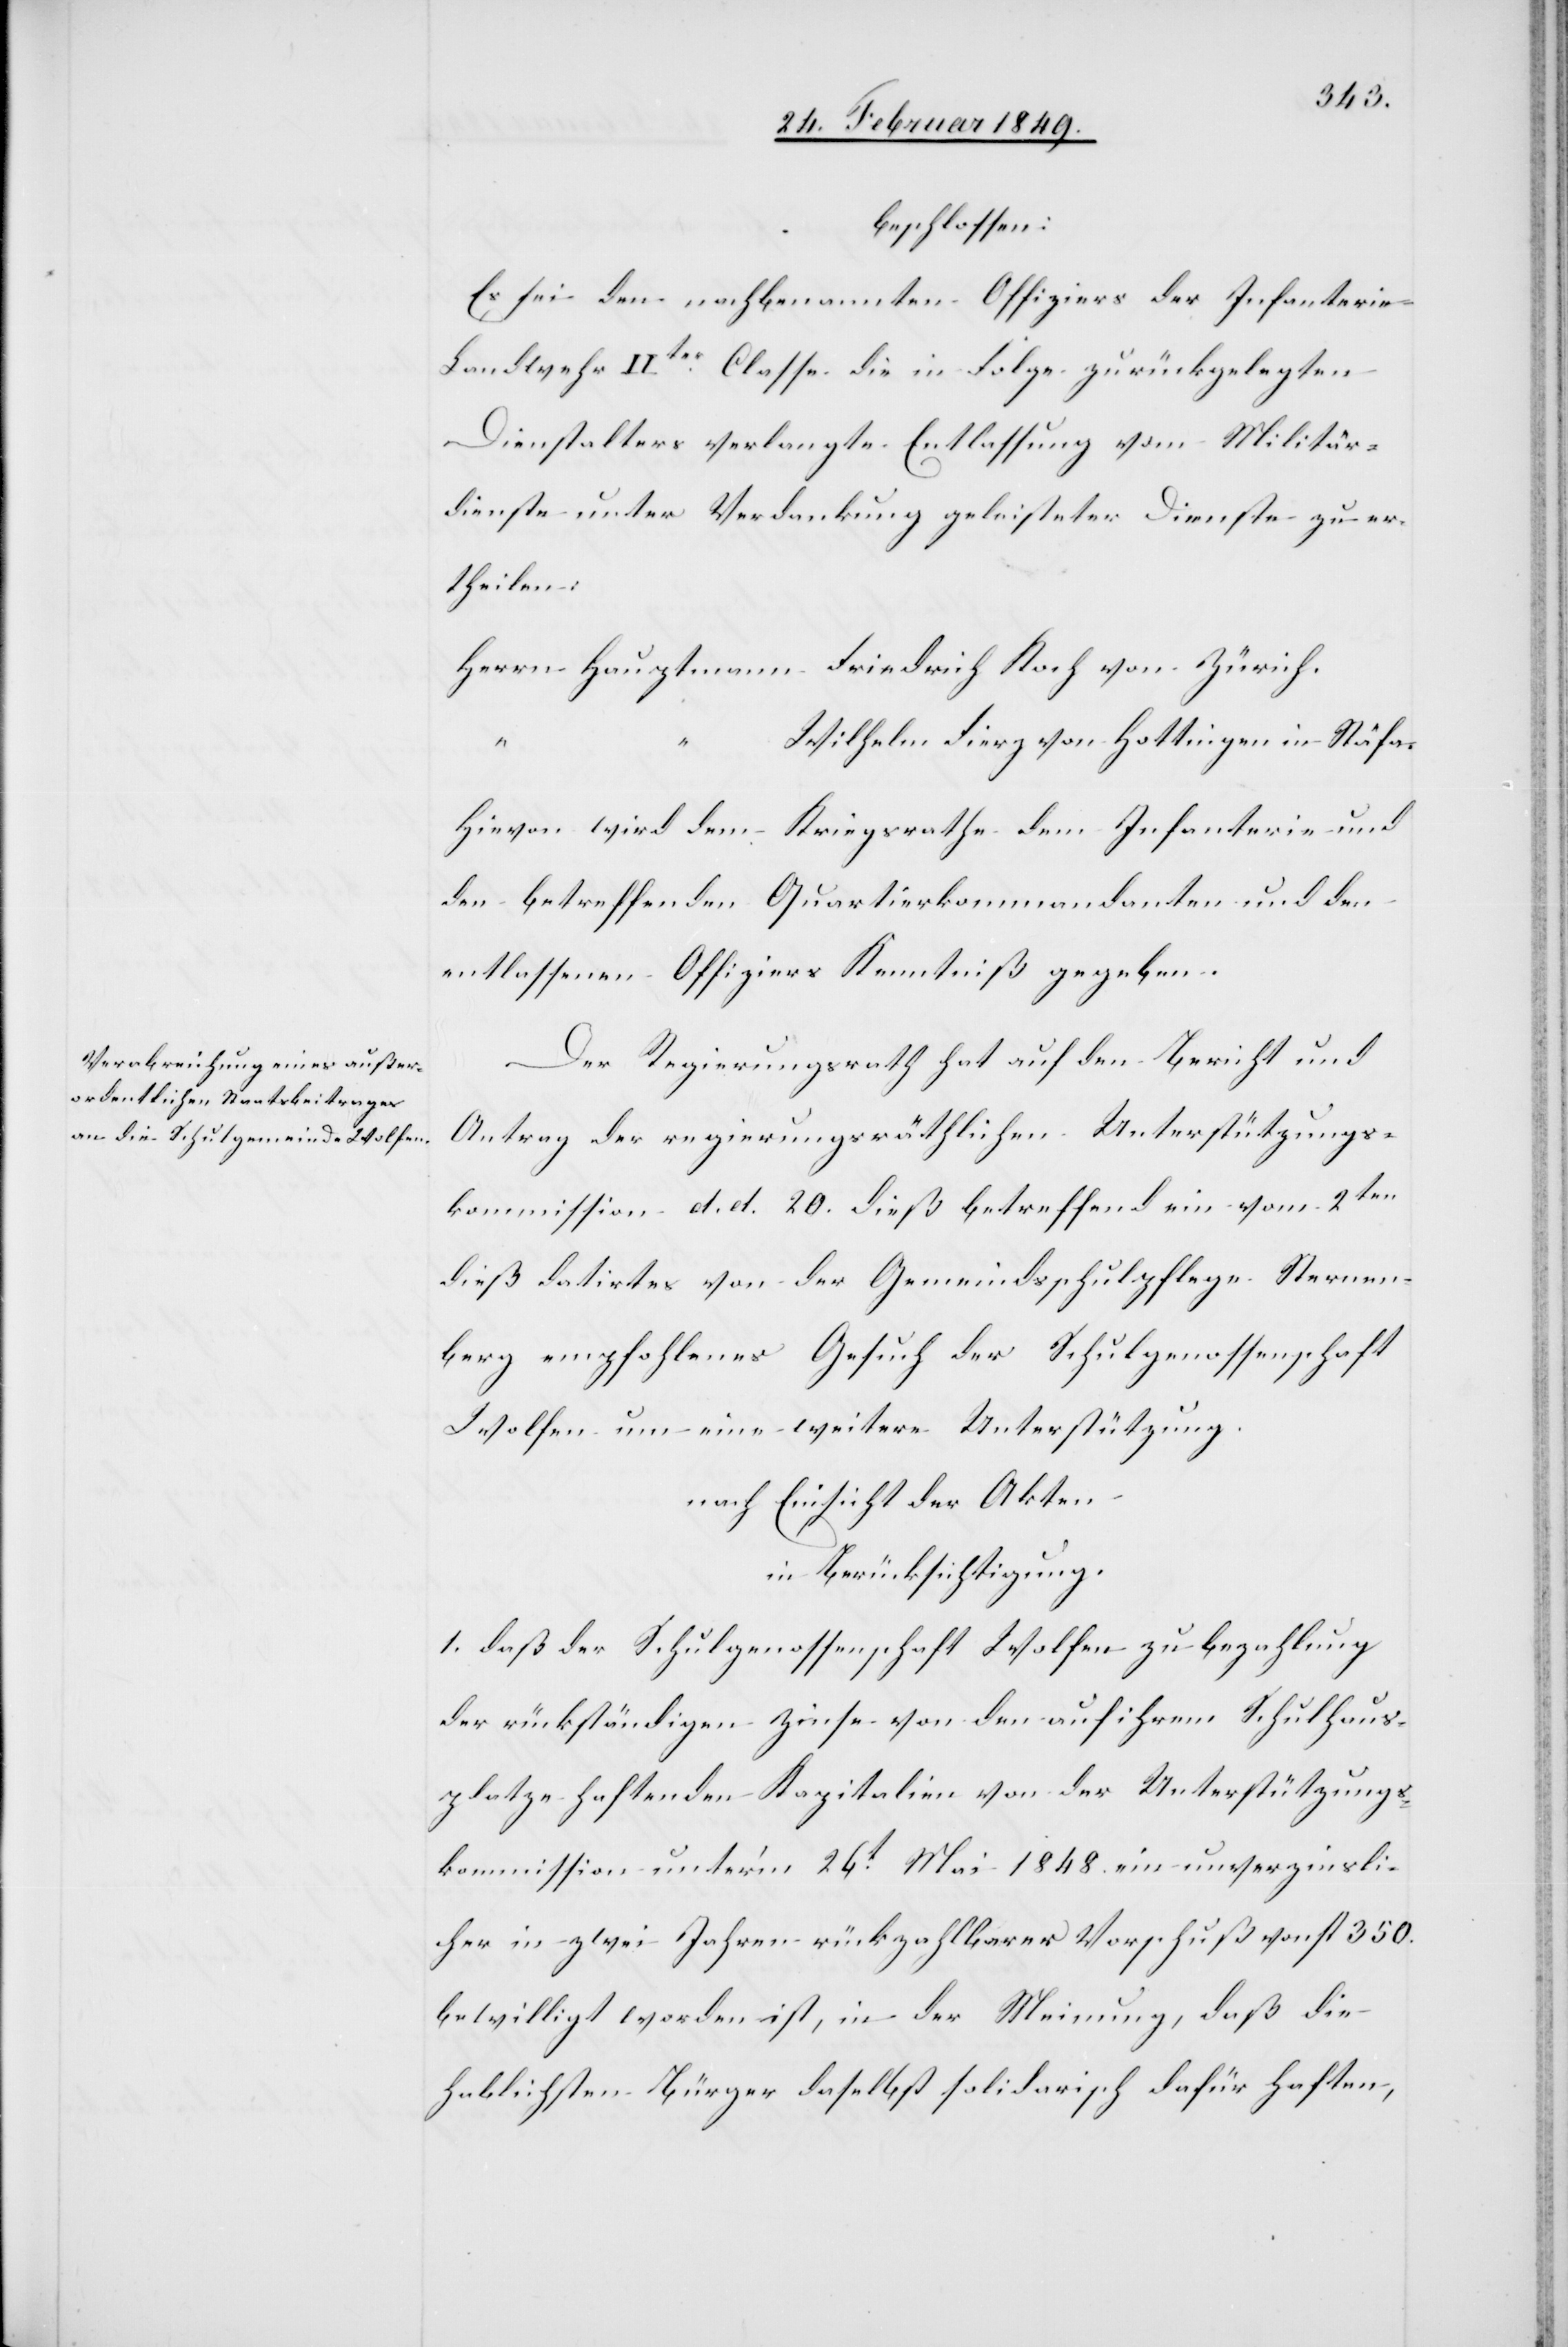
beschlossen:
Es sei den nachbenannten Offiziers der Infanteri¬
e-Landwehr IIter. Classe die in Folge zurückgelegten
Dienstalters verlangte Entlassung vom Militär¬
dienste unter Verdankung geleisteter Dienste zu er¬
theilen:
Herrn Hauptmann Friedrich Koch von Zürich.
Wilhelm Fierz von Hottingen in Stäfa.
Hievon wird dem Kriegsrathe dem [sic!] Infanterie und
den betreffenden Quartierkommandanten und den
entlassenen Offiziers Kenntniß gegeben.
Der Regierungsrath hat auf den Bericht und
Antrag der regierungsräthlichen Unterstützungs¬
kommission d. d. 20. dieß betreffend ein vom 2ten
dieß datirtes von der Gemeindsschulpflege Sternen¬
berg empfohlenes Gesuch der Schulgenossenschaft
Wolfen um eine weitere Unterstützung.
nach Einsicht der Akten
in Berücksichtigung.
1. daß der Schulgenossenschaft Wolfen zu bezahlung
der rückständigen Zinse von den auf ihrem Schulhaus¬
platze haftenden Kapitalien von der Unterstützungs¬
kommission unter’m 26t. Mai 1848. ein unverzinsli¬
cher in zwei Jahren rückzahlbarer Vorschuß von fl. 350.
bewilligt worden ist, in der Meinung, daß die
hablichsten Bürger daselbst solidarisch dafür haften,